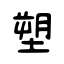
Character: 塑